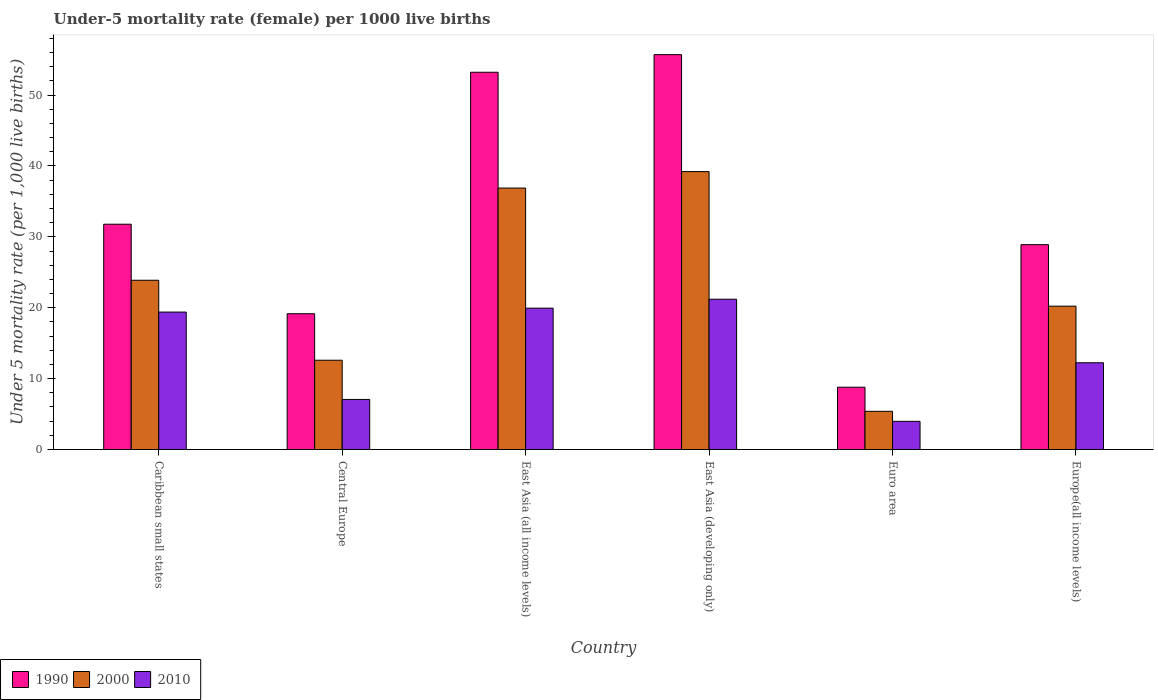
| Country | 1990 | 2000 | 2010 |
 | --- | --- | --- | --- |
 | Caribbean small states | 31.8 | 23.9 | 19.4 |
 | Central Europe | 19.2 | 12.6 | 7.06 |
 | East Asia (all income levels) | 53.2 | 36.9 | 19.9 |
 | East Asia (developing only) | 55.7 | 39.2 | 21.2 |
 | Euro area | 8.79 | 5.39 | 3.97 |
 | Europe(all income levels) | 28.9 | 20.2 | 12.2 |